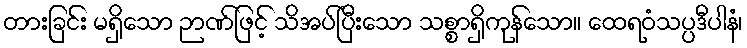
တားခြင်း မရှိသော ဉာဏ်ဖြင့် သိအပ်ပြီးသော သစ္စာရှိကုန်သော။ ထေရဝံသပ္ပဒီပါနံ၊